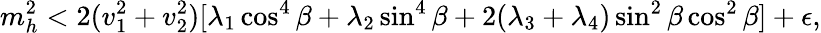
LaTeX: m_{h}^{2}<2(v_{1}^{2}+v_{2}^{2})[\lambda_{1}\cos^{4}\beta+\lambda_{2}\sin^{4}\beta+2(\lambda_{3}+\lambda_{4})\sin^{2}\beta\cos^{2}\beta]+\epsilon,